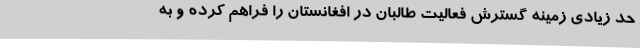
حد زیادی زمینه گسترش فعالیت طالبان در افغانستان را فراهم کرده و به